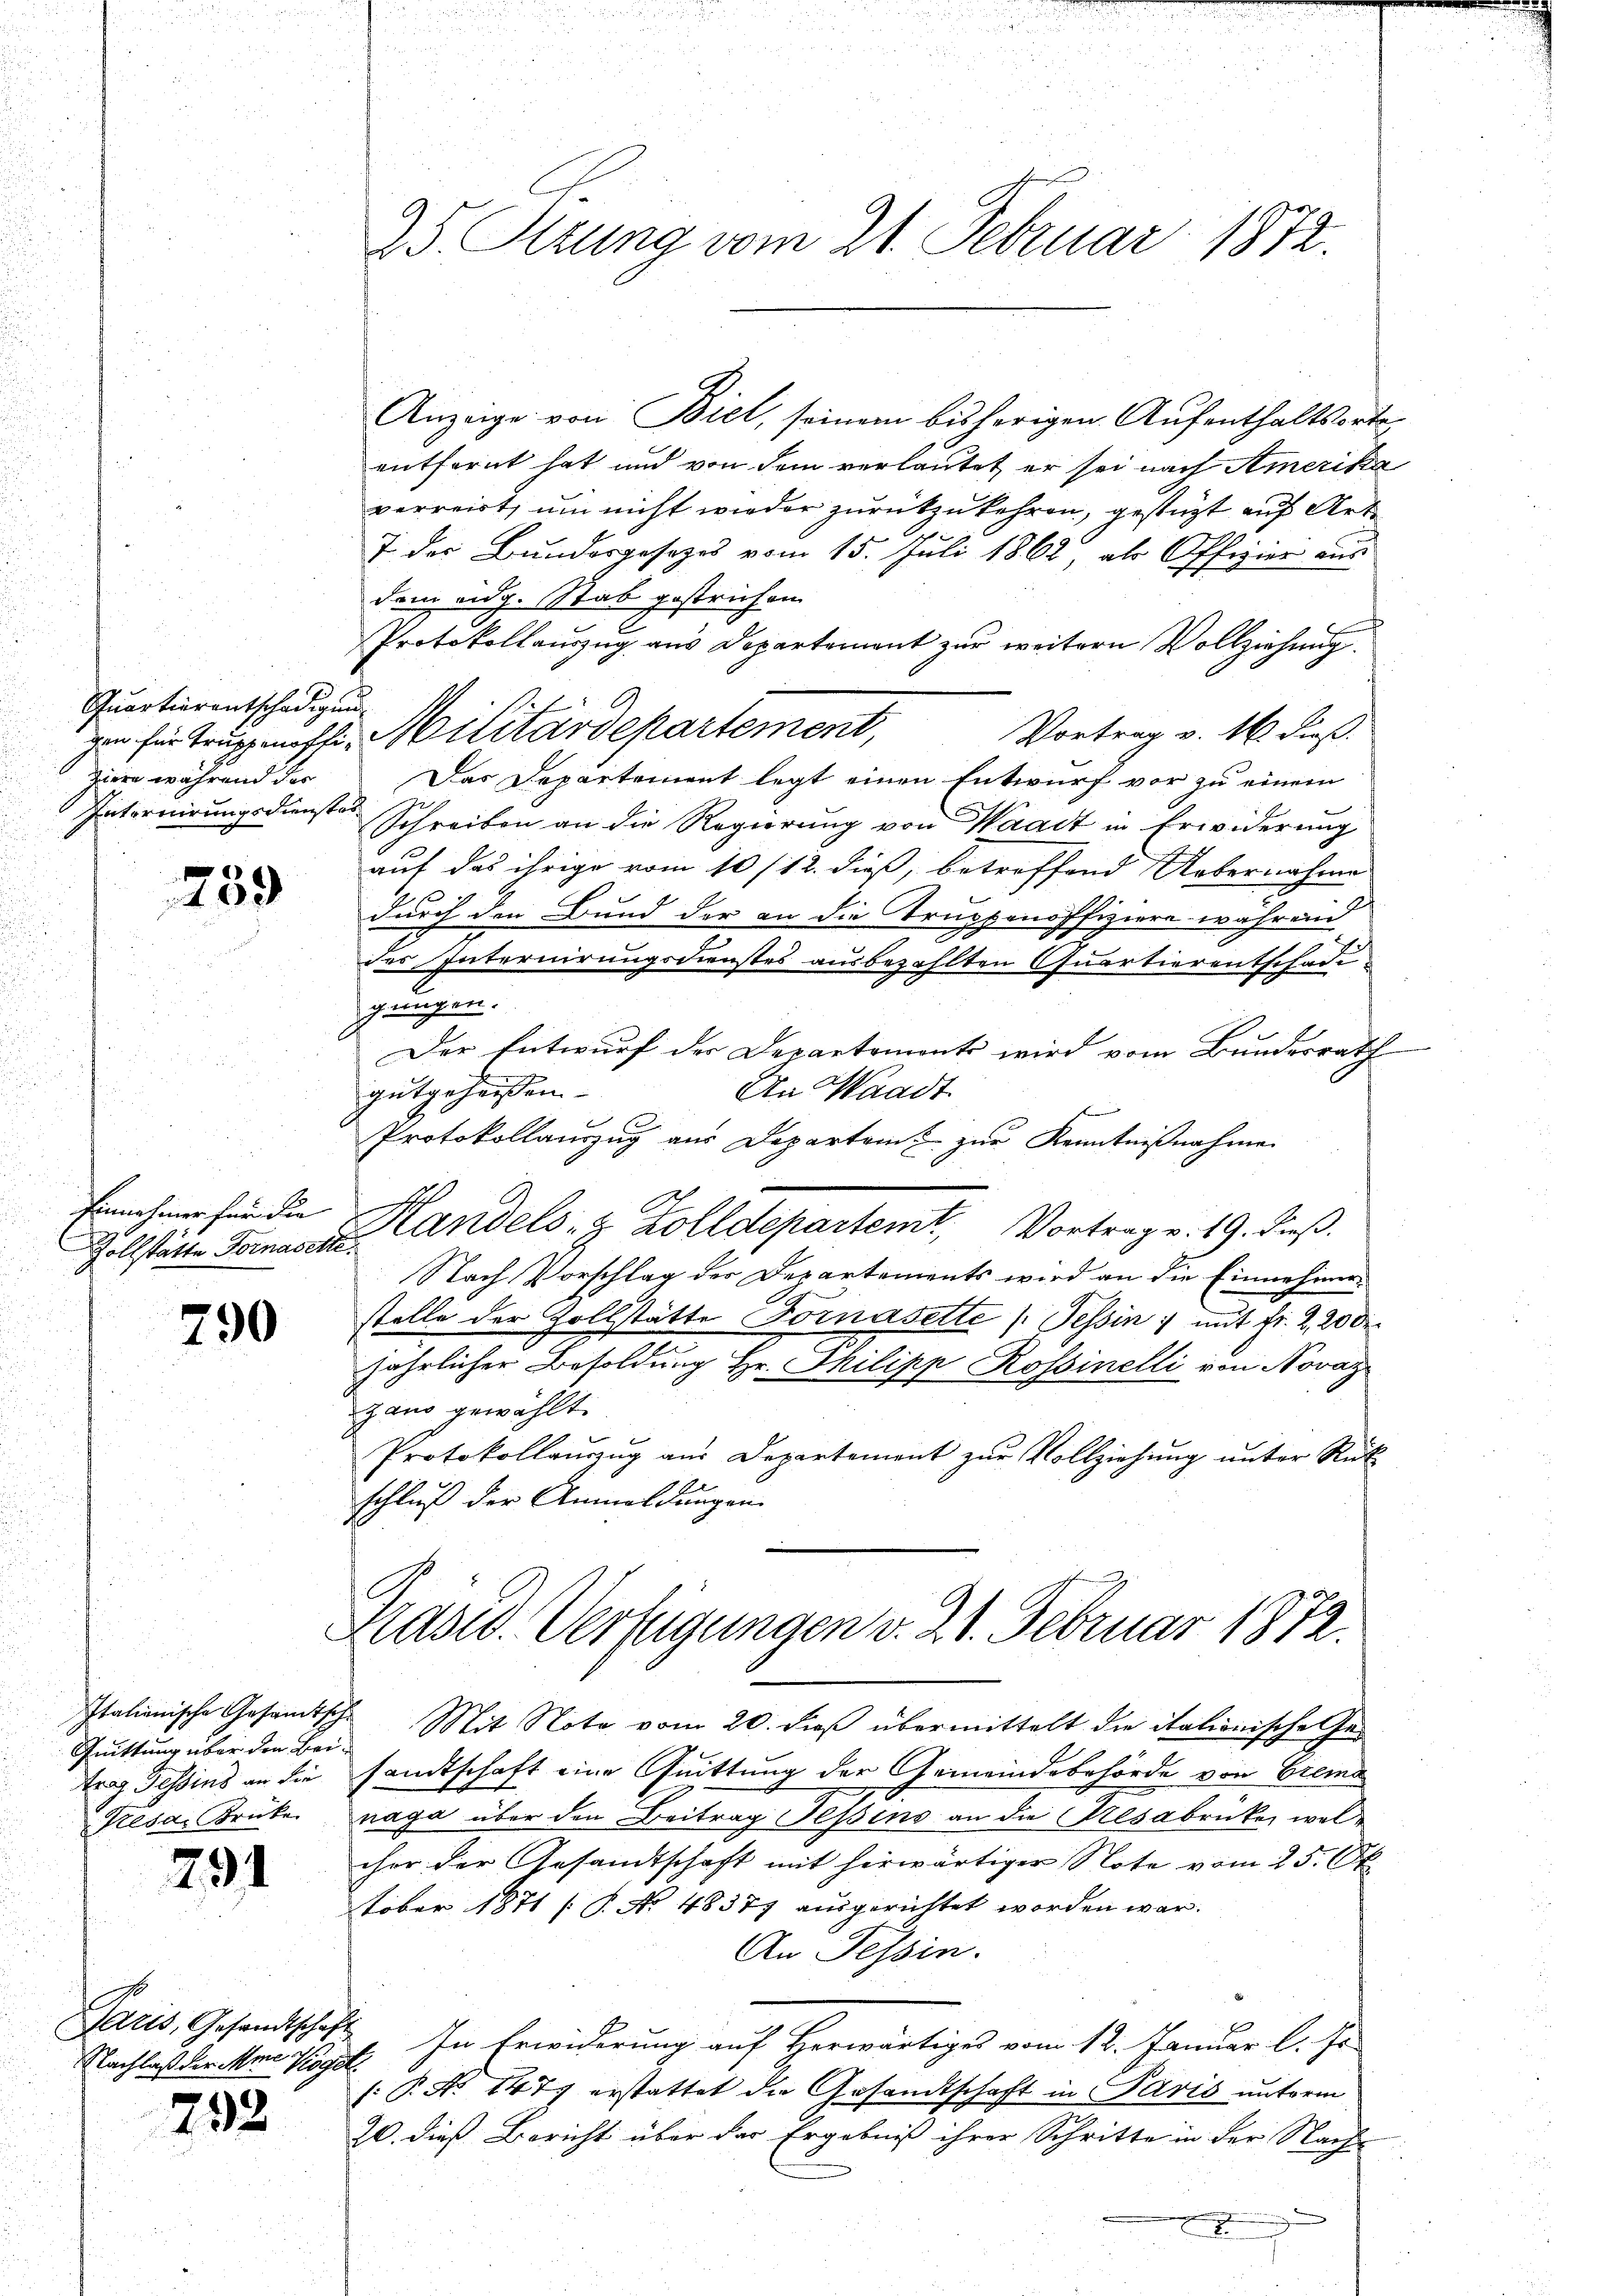
Quartierentschädigung
ziere während des

759

Einnahmer für die
Zollstätte Fornasette

790

Quittung über den Beirag Tessins an die
Resar Brüke

791

l
Nachlaß der Mine Koget.

792

25 Perung vom 21. Februar 1872.

Anzeige von Biel, seinem bisherigen Aufenthaltsorte,
entfernt hat und von dem verlautet er sei nach Amerika
verreist, um nicht wieder zurückzukehren, gestüzt auf Art
7 der Bundesgesetzes vom 15. Juli 1862 als Offizier aus
dem eidg. Stab gestrichen
Protokollauszug aus Departement zur weitern Vollziehung.
Vortrag v. 16. dieß.
zu für Truppenfhi- Militärdepartement,
Das Departement legt einen Entwurf vor zu einem
Internirungsdienster Schreiben an die Regierung von Waadt in Erwiderung
auf das ihrige vom 10/12. dieß, betreffend Uebernahme
durch den Bund der an die Truppenoffiziere während
des Internirungsdienstes ausbezahlten Quartierentschade
gungen.
Der Entwurf der Departemonts wird vom Bundesrath
gutgeheissen.
An Waadt
e
2
Protokollauszug aus Departamt zur Kenntnißnahme
Handels- & Zolldepartemt, Vortrag v. 19. dieß.
.
Nach Vorschlag der Departements wird an die Einnehmen
stelle der Zollstätte Fornasette (Tessin, mit Fr. 2, 20 de
jährlicher Besoldung Hr. Philipp Rossinelli von Novaz
gano gewählt.
Protokollaŭszŭg aŭs Departement zŭr Vollziehŭng ŭnter Rück
schluß der Anmeldungen

Kasid. Verfügungen v. 21. Februar 1872.

Italienische Gesandtsche Mit Nota vom 20. dieß übermittelt die italionische Gesandtschaft eine Quittung der Gemeindebehörde von Grema
naga über den Beitrag Fessens an die Resabrücke, welcher der Gesandtschaft mit herwärtiger Note vom 25. Ok
tober 1871 [P. No. 48377 ausgerichtet worden war.
An Tessin.
atis, Gesandtschaft. In Erwiderung auf Herwärtiges vom 12. Januar l. Js.
(: P. No 147 erstattet die Gesandtschaft in Paris unterm
20. dieß Bericht über der Ergebniß ihrer Schritte in der Nach-